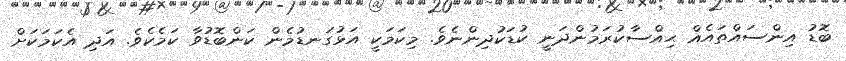
ބޮޑު އިންސައްތައެއް ޙިއްސާކުރަމުންދަނީ ކުޑަކުދިންނެވެ. މިކަމަކީ އަޅުގަނޑުމެން ކަންބޮޑުވާ ކަމެކެވެ. އަދި އެކަމަކަށް